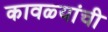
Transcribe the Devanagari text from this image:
कावळ्यांची